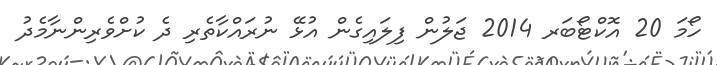
ހޯމަ 20 އޮކްޓޯބަރ 2014 ޖަލުން ފިލައިގެން އުޅޭ ނުރައްކާތެރި ދެ ކުށްވެރިންނާމެދު